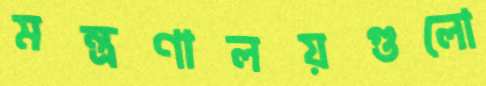
মন্ত্রণালয়গুলো